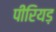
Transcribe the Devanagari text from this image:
पीरियड़